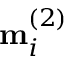
\mathbf { m } _ { i } ^ { ( 2 ) }